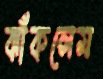
ঝাঁকলেম